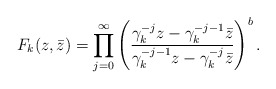
\begin{align*}F_k(z,\bar z)=\prod_{j=0}^\infty\left({\gamma_k^{-j}z-\gamma_k^{-j-1} \bar z\over\gamma_k^{-j-1} z-\gamma_k^{-j} \bar z}\right)^b.\end{align*}